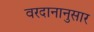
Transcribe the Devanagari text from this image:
वरदानानुसार